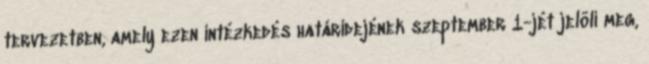
tervezetben, amely ezen intézkedés határidejének szeptember 1-jét jelöli meg,